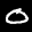
Label: 0